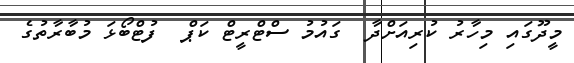
މީދޫގައި މިހާރު ކުރިއަށްދާ  ގައުމު ސްޓްރީޓް ކަޕް  ފުޓްބޯޅަ މުބާރާތުގެ